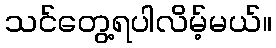
သင်တွေ့ရပါလိမ့်မယ်။